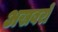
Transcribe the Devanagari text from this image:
अखबरों